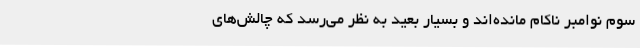
سوم نوامبر ناکام مانده‌اند و بسیار بعید به نظر می‌رسد که چالش‌های